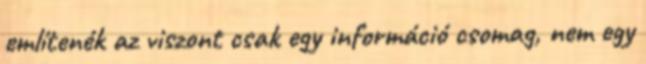
említenék az viszont csak egy információ csomag, nem egy